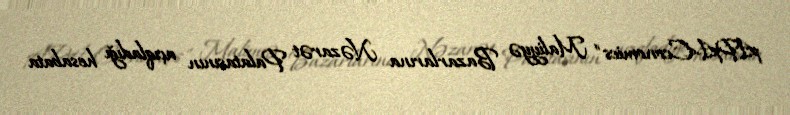
APA-Economics" Maliyyə Bazarlarına Nəzarət Palatasının açıqladığı hesabata